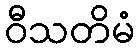
ဝီသတိမံ